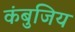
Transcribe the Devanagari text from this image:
कंबुजिय